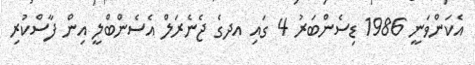
އެކަންވަނީ 1986 ޑިސެންބަރު 4 ގައި އދގެ ޖެނެރަލް އެސެންބްލީ އިން ފާސްކުރި